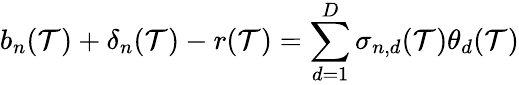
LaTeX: b_{n}(\mathcal{T})+\mathbf{{\delta}}_{n}(\mathcal{T})-r(\mathcal{T})=\sum_{d=1}^{D}\sigma_{n,d}(\mathcal{T})\theta_{d}(\mathcal{T})